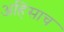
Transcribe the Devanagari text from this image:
अहिंसाच